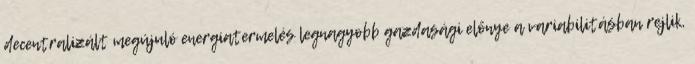
decentralizált megújuló energiatermelés legnagyobb gazdasági előnye a variabilitásban rejlik,